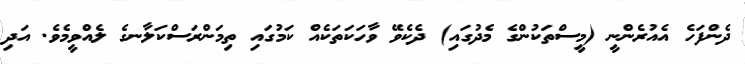
ދެންފަހެ އެއުރެންނީ (މީސްތަކުންގެ މެދުގައި) ދެކެވޭ ވާހަކަތަކެއް ކަމުގައި ތިމަންރަސްކަލާނގެ ލެއްވީމެވެ. އަދި